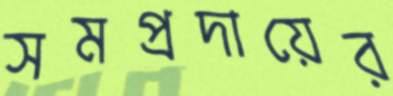
সমপ্রদায়ের